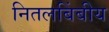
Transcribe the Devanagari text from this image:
नितलबिंबीय